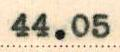
44.05